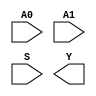
// Based on the sky130 PDK sources

`ifndef SKY130_HT_SC_TT05__BLACKBOX_V
`define SKY130_HT_SC_TT05__BLACKBOX_V

`timescale 1ns / 1ps
`default_nettype none

(* blackbox *)
module sky130_ht_sc_tt05__mux2i_2 (
    input A0,
    input A1,
    input S,
    output Y
);

    supply0 VGND;
    supply1 VPWR;
    supply0 VNB;
    supply1 VPB;

endmodule

(* blackbox *)
module sky130_ht_sc_tt05__maj3_2 (
    input A,
    input B,
    input C,
    output X
);

    supply0 VGND;
    supply1 VPWR;
    supply0 VNB;
    supply1 VPB;

endmodule

(* blackbox *)
module sky130_ht_sc_tt05__dlrtp_1 (
    input GATE,
    input D,
    input RESET_B,
    output Q
);

    supply0 VGND;
    supply1 VPWR;
    supply0 VNB;
    supply1 VPB;

endmodule

(* blackbox *)
module sky130_ht_sc_tt05__dfrtp_1 (
    input CLK,
    input D,
    input RESET_B,
    output Q
);

    supply0 VGND;
    supply1 VPWR;
    supply0 VNB;
    supply1 VPB;

endmodule

`endif  // SKY130_HT_SC_TT05__BLACKBOX_V